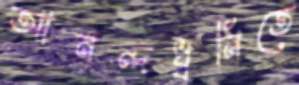
আনন্দধ্বনিতে